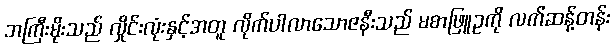
ဘကြီးမိုးသည် လှိုင်းလုံးနှင့်အတူ လိုက်ပါလာသောဇနီးသည် မစာဖြူဥကို လက်ဆန့်တန်း